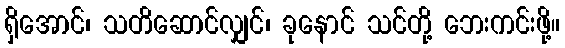
ရှိအောင်၊ သတိဆောင်လျှင်၊ ခုနောင် သင်တို့ ဘေးကင်းဖို့။